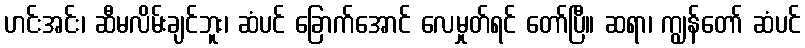
ဟင်းအင်း၊ ဆီမလိမ်းချင်ဘူး၊ ဆံပင် ခြောက်အောင် လေမှုတ်ရင် တော်ပြီ။ ဆရာ၊ ကျွန်တော် ဆံပင်